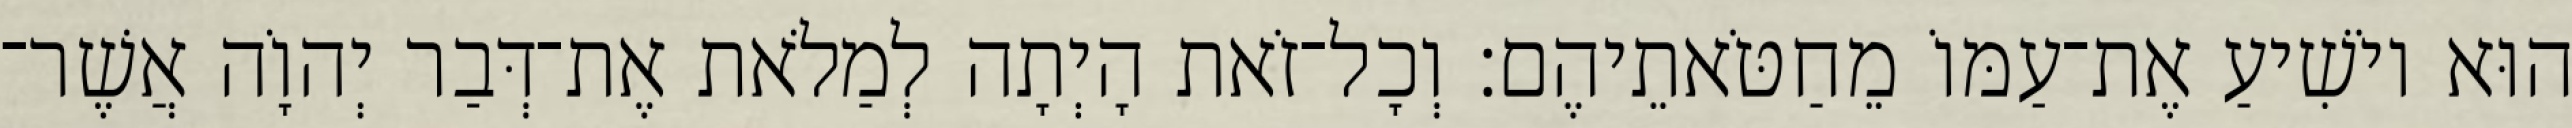
הוּא יוֹשִׁיעַ אֶת־עַמּוֹ מֵחַטֹּאתֵיהֶם׃ וְכָל־זֹאת הָיְתָה לְמַלֹאת אֶת־דְּבַר יְהוָֹה אֲשֶׁר־